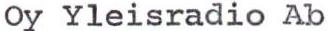
Oy Yleisradio Ab